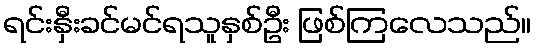
ရင်းနှီးခင်မင်ရသူနှစ်ဦး ဖြစ်ကြလေသည်။